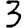
Digit: 3